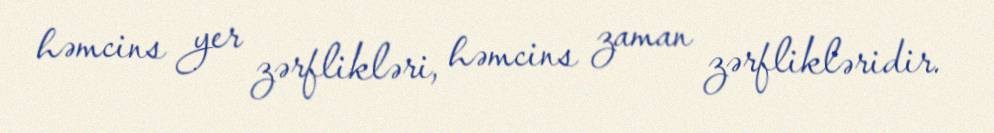
həmcins yer zərflikləri, həmcins zaman zərflikləridir.